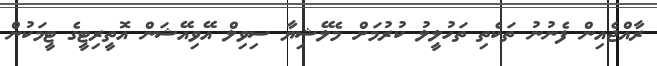
ރާއްޖެއިން ފެނުނު ތަކެތި ތަހުލީލު ކުރުމަށް މެލޭޝިޔާ ސިވިލް އޭވިއޭޝަން އޮތީރިޓީގެ ޓީމަކުން